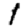
Digit: 1